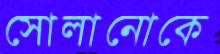
সোলানোকে